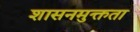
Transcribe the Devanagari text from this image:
शासनमुक्तता